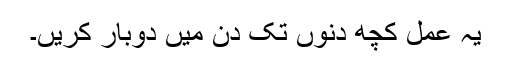
یہ عمل کچھ دنوں تک دن میں دوبار کریں۔